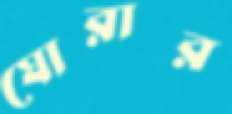
ঘোরার